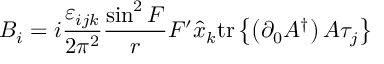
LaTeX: B _ { i } = i \frac { \varepsilon _ { i j k } } { 2 \pi ^ { 2 } } \frac { \sin ^ { 2 } F } { r } F ^ { \prime } \hat { x } _ { k } \mathrm { t r } \left\{ \left( \partial _ { 0 } A ^ { \dag } \right) A \tau _ { j } \right\}